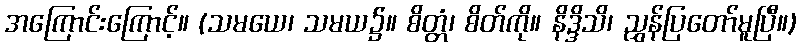
အကြောင်းကြောင့်။ (သမယေ၊ သမယ၌။ စိတ္တံ၊ စိတ်ကို။ နိဒ္ဒိသိ၊ ညွှန်ပြတော်မူပြီ။)